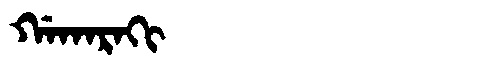
Manchu: ᡤᠠᡴᠠᡵᠠᡴᡳ
Romanization: GAKARAKI